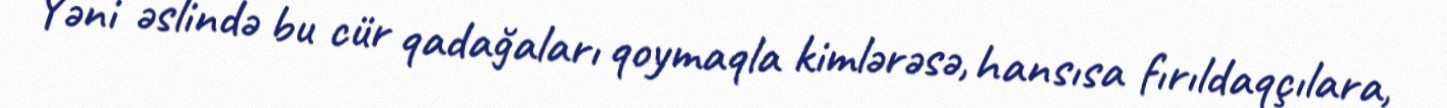
Yəni əslində bu cür qadağaları qoymaqla kimlərəsə, hansısa fırıldaqçılara,